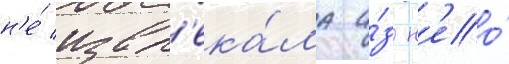
н'е́ извл'ека́ла и́з н'ео́